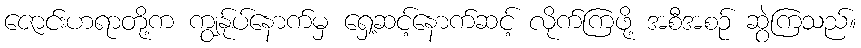
ဇောင်းဟရာတို့က ကျွန်ုပ်နောက်မှ ရှေ့ဆင့်နောက်ဆင့် လိုက်ကြဖို့ အစီအစဉ် ဆွဲကြသည်။